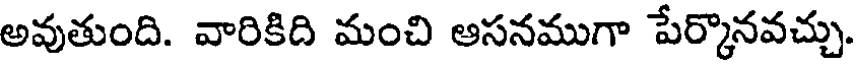
అవుతుంది. వారికిది మంచి ఆసనముగా పేర్కొనవచ్చు.